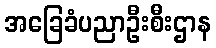
အခြေခံပညာဦးစီးဌာန